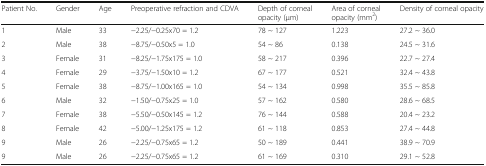
<table><thead><tr><td><b>Patient No.</b></td><td><b>Gender</b></td><td><b>Age</b></td><td><b>Preoperative refraction and CDVA</b></td><td><b>Depth of corneal opacity (μm)</b></td><td><b>Area of corneal opacity (mm<sup>2</sup>)</b></td><td><b>Density of corneal opacity</b></td></tr></thead><tbody><tr><td>1</td><td>Male</td><td>33</td><td>−2.25/−0.25x70 = 1.2</td><td>78 ~ 127</td><td>1.223</td><td>27.2 ~ 36.0</td></tr><tr><td>2</td><td>Male</td><td>38</td><td>−8.75/−0.50x5 = 1.0</td><td>54 ~ 86</td><td>0.138</td><td>24.5 ~ 31.6</td></tr><tr><td>3</td><td>Female</td><td>31</td><td>−8.25/−1.75x175 = 1.0</td><td>58 ~ 217</td><td>0.396</td><td>22.7 ~ 27.4</td></tr><tr><td>4</td><td>Female</td><td>29</td><td>−3.75/−1.50x10 = 1.2</td><td>67 ~ 177</td><td>0.521</td><td>32.4 ~ 43.8</td></tr><tr><td>5</td><td>Female</td><td>38</td><td>−8.75/−1.00x165 = 1.0</td><td>54 ~ 134</td><td>0.998</td><td>35.5 ~ 85.8</td></tr><tr><td>6</td><td>Male</td><td>32</td><td>−1.50/−0.75x25 = 1.0</td><td>57 ~ 162</td><td>0.580</td><td>28.6 ~ 68.5</td></tr><tr><td>7</td><td>Female</td><td>38</td><td>−5.50/−0.50x145 = 1.2</td><td>76 ~ 144</td><td>0.588</td><td>20.4 ~ 23.2</td></tr><tr><td>8</td><td>Female</td><td>42</td><td>−5.00/−1.25x175 = 1.2</td><td>61 ~ 118</td><td>0.853</td><td>27.4 ~ 44.8</td></tr><tr><td>9</td><td>Male</td><td>26</td><td>−2.25/−0.75x65 = 1.2</td><td>50 ~ 189</td><td>0.441</td><td>38.9 ~ 70.9</td></tr><tr><td>9</td><td>Male</td><td>26</td><td>−2.25/−0.75x65 = 1.2</td><td>61 ~ 169</td><td>0.310</td><td>29.1 ~ 52.8</td></tr></tbody></table>